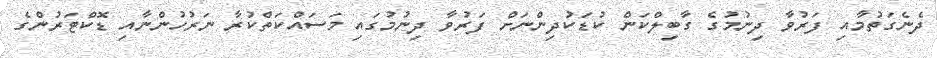
ދެނެގަތުމާއި ފަރުވާ ދިނުމުގެ ގާބިލްކަން ކުޑަކުދިންނަށް ފަރުވާ ދިނުމުގައި މަސައްކަތްކުރާ ނަރުހުންނާއި ޑޮކްޓަރުންގެ